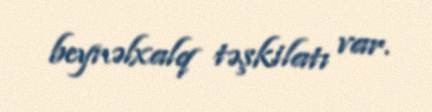
beynəlxalq təşkilatı var.